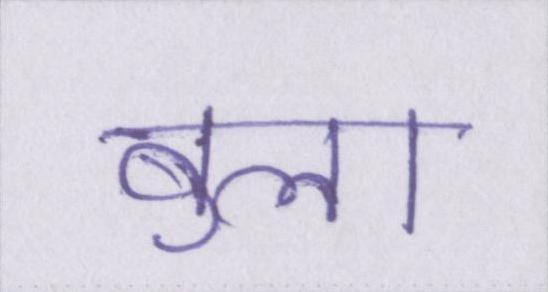
बुला